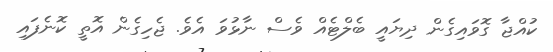
ކުއްޖާ ގޮވައިގެން ދިޔައީ ބެލްޓެއް ވެސް ނާޅުވަ އެވެ. ޖެހިގެން އޮތީ ކޮނެފައި